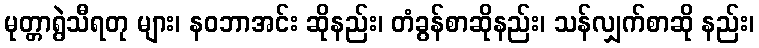
မုတ္တာရွဲသီရတု များ၊ နဝဘာအင်း ဆိုနည်း၊ တံခွန်စာဆိုနည်း၊ သန်လျှက်စာဆို နည်း၊